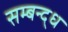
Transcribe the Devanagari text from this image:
सम्बन्द्ध